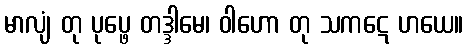
မာလျံ တု ပုပ္ဖေ တဒ္ဒါမေ၊ ဝါဟော တု သကဋေ ဟယေ။